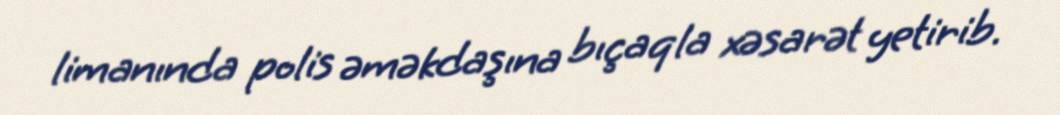
limanında polis əməkdaşına bıçaqla xəsarət yetirib.